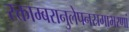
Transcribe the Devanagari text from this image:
रक्ताम्बरानुलेपनस्रगाभरणां